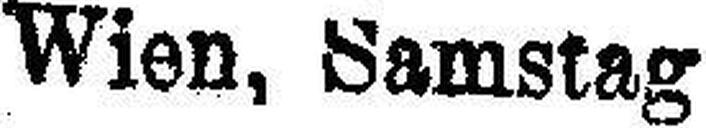
Wien, Samstag